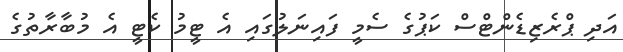
އަދި ޕްރެޒިޑެންޓްސް ކަޕުގެ ސެމީ ފައިނަލުގައި އެ ޓީމު ކެޓީ އެ މުބާރާތުގެ